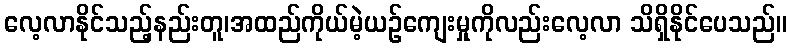
လေ့လာနိုင်သည့်နည်းတူ၊အထည်ကိုယ်မဲ့ယဉ်ကျေးမှုကိုလည်းလေ့လာ သိရှိနိုင်ပေသည်။